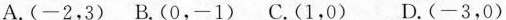
A.(-2，3)B.(0，-1)C.(1，0) D.(-3，0)